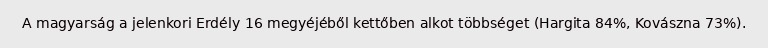
A magyarság a jelenkori Erdély 16 megyéjéből kettőben alkot többséget (Hargita 84%, Kovászna 73%).